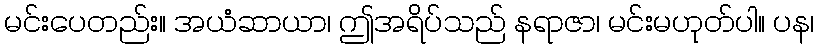
မင်းပေတည်း။ အယံဆာယာ၊ ဤအရိပ်သည် နရာဇာ၊ မင်းမဟုတ်ပါ။ ပန၊